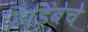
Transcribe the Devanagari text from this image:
हिडिंबेचे